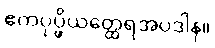
ဧကပုပ္ဖိယတ္ထေရအပဒါန။